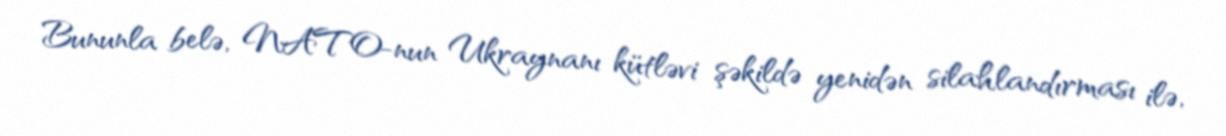
Bununla belə, NATO-nun Ukraynanı kütləvi şəkildə yenidən silahlandırması ilə,